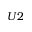
U 2